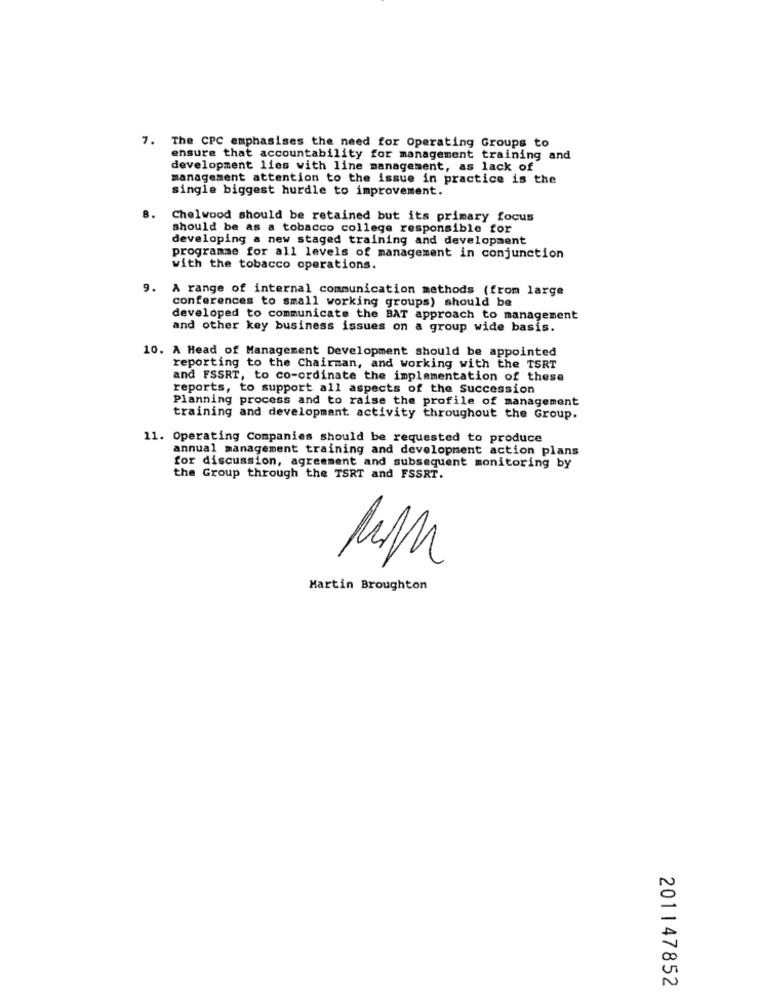
7. The CPC emphasises the need for Operating Groups to
ensure that accountability for management training and
development lies with line management, as lack of
management attention to the issue in practice is the
single biggest hurdle to improvement.
Chelwood should be retained but its primary focus
should be as a tobacco college responsible for
developing a new staged training and development
programme for all levels of management in conjunction
with the tobacco operations.
9. A range of internal communication methods (from large
conferences to small working groups) should be
developed to communicate the BAT approach to management
and other key business issues on a group wide basis.
10. A Head of Management Development should be appointed
reporting to the Chairman, and working with the TSRT
and FSSRT, to co-ordinate the implementation of these
reports, to support all aspects of the Succession
Planning process and to raise the profile of management
training and development activity throughout the Group.
11. Operating Companies should be requested to produce
annual management training and development action plans
for discussion, agreement and subsequent monitoring by
the Group through the TSRT and FSSRT.
Martin Broughton
201147852